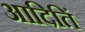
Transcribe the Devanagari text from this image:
आदितिं